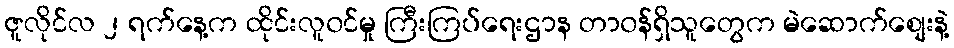
ဇူလိုင်လ ၂ ရက်နေ့က ထိုင်းလူ၀င်မှု ကြီးကြပ်ရေးဌာန တာ၀န်ရှိသူတွေက မဲဆောက်စျေးနဲ့